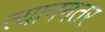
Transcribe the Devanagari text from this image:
त्याननतर